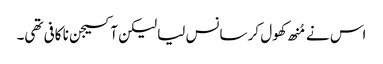
اس نے مُنھ کھول کر سانس لیا لیکن آکسیجن نا کافی تھی۔